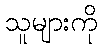
သူများကို